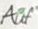
Auf